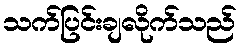
သက်ပြင်းချလိုက်သည်